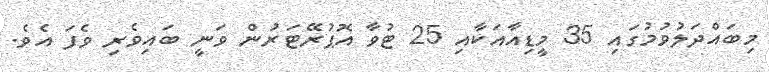
މިބައްދަލުވުމުގައި 35 މީޑިއާއަކާއި 25 ޓުވާ އޮޕުރޭޓަރުން ވަނީ ބައިވެރި ވެފަ އެވެ.